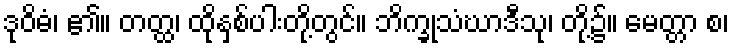
ဒုဝိဓံ၊ ၏။ တတ္ထ၊ ထိုနှစ်ပါးတို့တွင်။ ဘိက္ခုသံဃာဒီသု၊ တို့၌။ မေတ္တာ စ၊